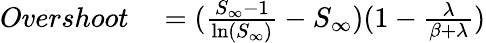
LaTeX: \begin{array}{rl}{Overshoot}&{{}=(\frac{S_{\infty}-1}{\ln(S_{\infty})}-S_{\infty})(1-\frac{\lambda}{\beta+\lambda})}\end{array}